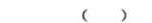
( )